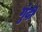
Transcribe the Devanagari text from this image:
गुंदी